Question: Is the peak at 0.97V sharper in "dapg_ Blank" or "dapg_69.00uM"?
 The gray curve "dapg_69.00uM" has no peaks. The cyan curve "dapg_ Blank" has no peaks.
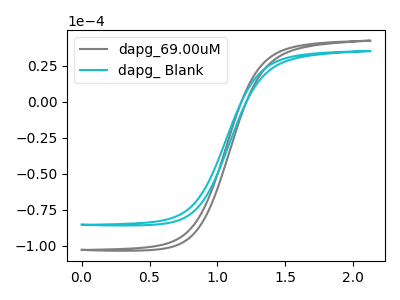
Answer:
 <answer>"dapg_ Blank" and "dapg_69.00uM" dont share a peak at 0.97V.</answer>
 <eval>mismatch</eval>